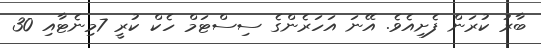
ބާރު ކުރަން ފެށިއެވެ. އޭނަ އަހަރެންގެ ސިސްޓަމް ހެކް ކުރީ 7މިނެޓާއި 30